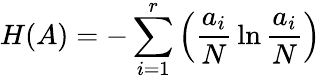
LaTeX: H(A)=-\sum_{i=1}^{r}\left(\frac{a_{i}}{N}\, \ln\frac{a_{i}}{N}\right)